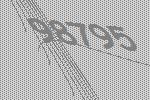
98795